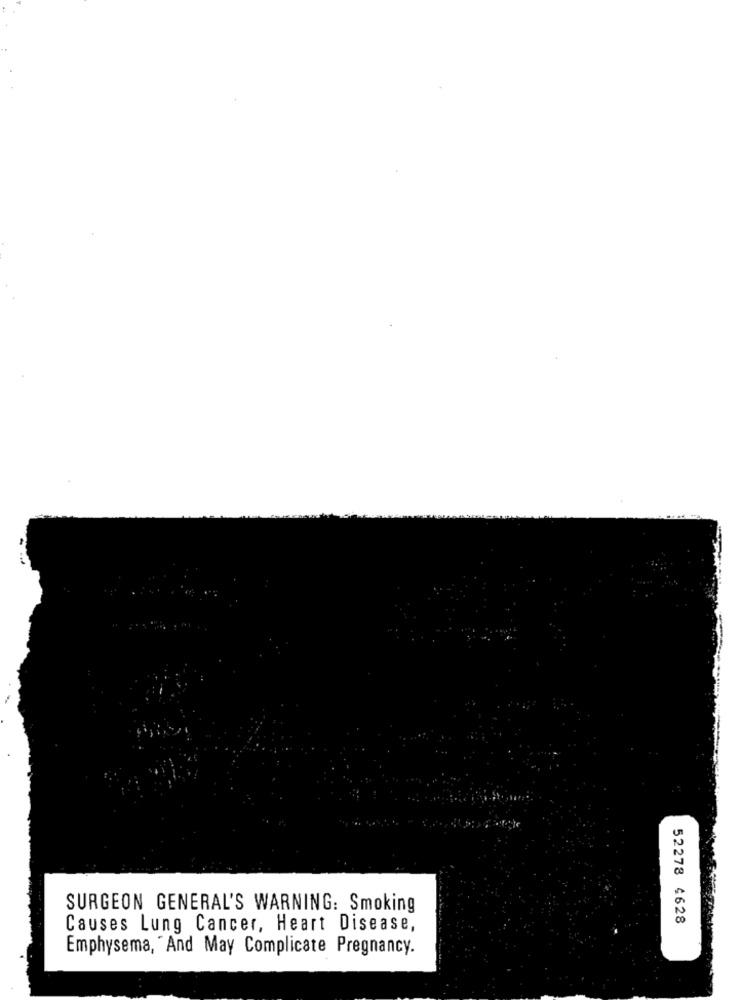
SURGEON GENERAL'S WARNING: Smoking
52278 4628
Causes Lung Cancer, Heart Disease,
Emphysema, "And May Complicate Pregnancy.